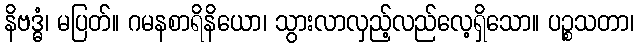
နိဗဒ္ဓံ၊ မပြတ်။ ဂမနစာရိနိယော၊ သွားလာလှည့်လည်လေ့ရှိသော။ ပဉ္စသတာ၊